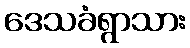
ဒေသခံရွာသား